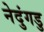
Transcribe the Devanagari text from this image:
नेदुंगडु